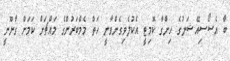
ބާ އެސޯސިއޭޝަނުގެ ހިންގާ ކޮމިޓީ އެކުލެވިގެންވާނީ ހަތް މެމްބަރުންގެ މައްޗަށް ކަމަށް ގާނޫނީ